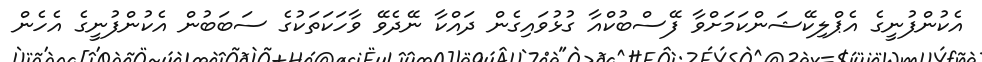
އެކުންފުނީގެ އެޕްލިކޭޝަންކަމަށްވާ ފޭސްބުކްއާ ގުޅުވައިގެން ދައްކާ ނޭދެވޭ ވާހަކަތަކުގެ ސަބަބުން އެކުންފުނީގެ އެހެން